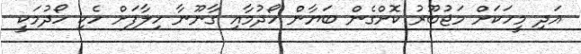
އަދި މީހަކަށް މަޖުބޫރު ކޮށްގެން ބަޔާން ހޯދުމާއި ގާނޫނާ ހިލާފަށް ހެކި ހޯދުމަކީ